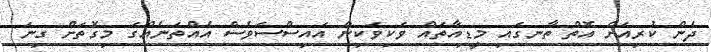
ދެން ކުރިއަށް އޮތް ތާނގައި މީޑިއާތައް ވަކިވަކިން އައިސްސަވެސް އެއްތަނެއްގަ މިގޮތަށް ގިނަ